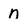
Character: n